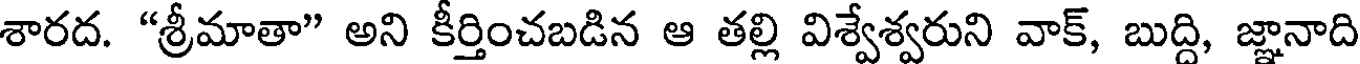
శారద. "శ్రీమాతా" అని కీర్తించబడిన ఆ తల్లి విశ్వేశ్వరుని వాక్, బుద్ది, జ్ఞానాది